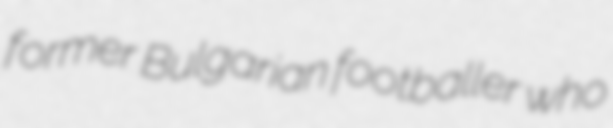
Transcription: former Bulgarian footballer who